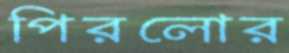
পিরলোর